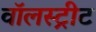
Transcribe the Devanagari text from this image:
वॉलस्ट्रीट